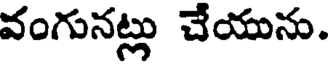
వంగునట్లు చేయును.